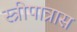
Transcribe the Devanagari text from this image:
स्त्रीपात्रास